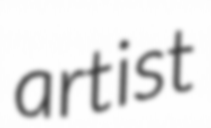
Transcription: artist